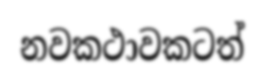
නවකථාවකටත්